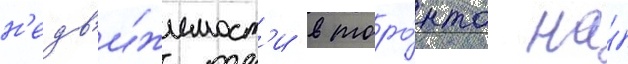
н'едв'и́жимост'и в торо́нто на́